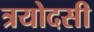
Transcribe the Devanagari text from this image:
त्रयोदसी